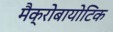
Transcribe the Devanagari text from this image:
मैक्रोबायोटिक